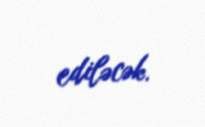
ediləcək.